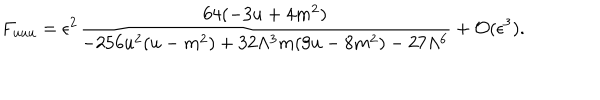
F _ { u u u } = { { \epsilon ^ { 2 } } } \frac { 6 4 ( - 3 u + 4 m ^ { 2 } ) } { - 2 5 6 u ^ { 2 } ( u - m ^ { 2 } ) + 3 2 \Lambda ^ { 3 } m ( 9 u - 8 m ^ { 2 } ) - 2 7 \Lambda ^ { 6 } } + { \cal O } ( \epsilon ^ { 3 } ) .